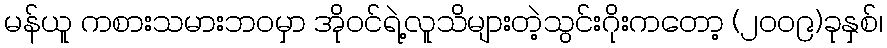
မန်ယူ ကစားသမားဘဝမှာ အိုဝင်ရဲ့လူသိများတဲ့သွင်းဂိုးကတော့ (၂၀၀၉)ခုနှစ်၊